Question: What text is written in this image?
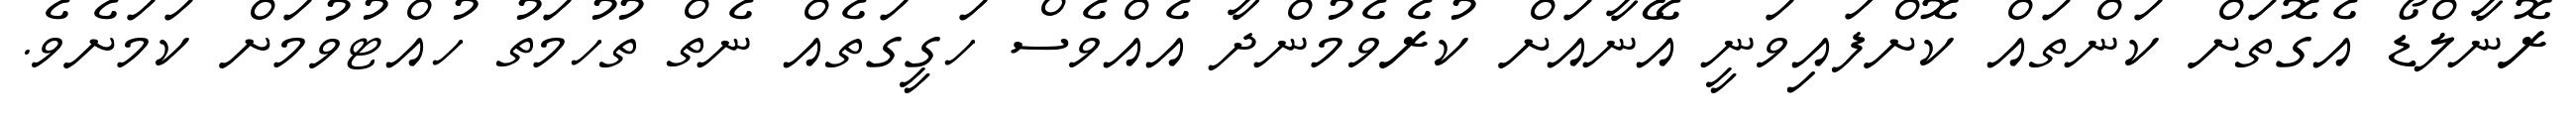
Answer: ރޮނާލްޑޯ އެގޮތަށް ކަންތައް ކޮށްފައިވަނީ އޭނާއަށް ކުރެވެމުންދާ އެއްވެސް ހަގީގަތެއް ނެތް ތުހުމަތު ހުއްޓުވުމަށް ކަމަށެވެ.